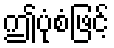
ဤပုံစံဖြင့်